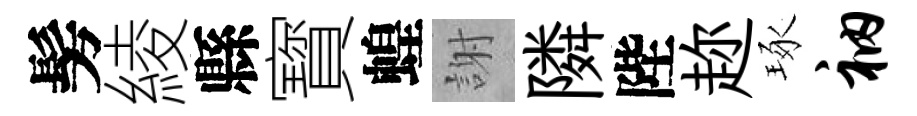
髣綾縣寳蝗謝隣陛趂琢衲